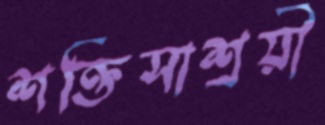
শক্তিসাশ্রয়ী